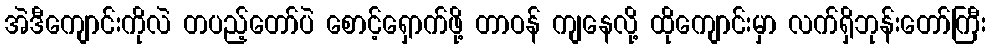
အဲဒီကျောင်းကိုလဲ တပည့်တော်ပဲ စောင့်ရှောက်ဖို့ တာဝန် ကျနေလို့ ထိုကျောင်းမှာ လက်ရှိဘုန်းတော်ကြီး